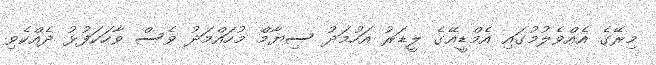
މިރޭގެ އެއްވެލުމުގައި އެމްޑީއޭގެ ލީޑަރު އަހުމަދު ސިޔާމް މުހައްމަދު ވެސް ވާހަކަފުޅު ދެއްކެވި